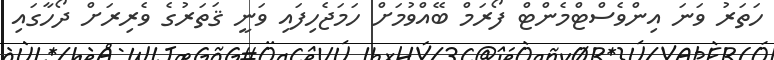
ހަތަރު ވަނަ އިންވެސްޓްމެންޓް ފޯރަމް ބޭއްވުމަށް ހަމަޖެހިފައި ވަނީ ޤަތަރުގެ ވެރިރަށް ދޯހާގައި